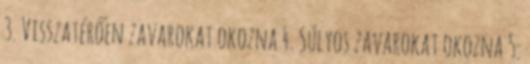
3. Visszatérően zavarokat okozna 4. Súlyos zavarokat okozna 5.